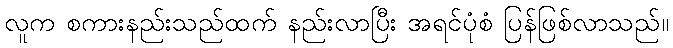
လူက စကားနည်းသည်ထက် နည်းလာပြီး အရင်ပုံစံ ပြန်ဖြစ်လာသည်။